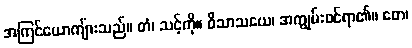
အကြင်ယောကျ်ားသည်။ တံ၊ သင့်ကို။ ဝိသာသယေ၊ အကျွမ်းဝင်ရာ၏။ တေ၊